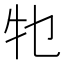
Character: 𤘗